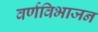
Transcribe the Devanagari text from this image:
वर्णविभाजन